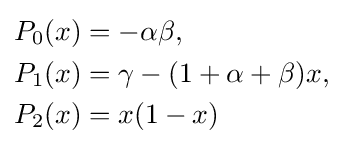
{\begin{aligned}P_{0}(x)&=-\alpha \beta ,\\P_{1}(x)&=\gamma -(1+\alpha +\beta )x,\\P_{2}(x)&=x(1-x)\end{aligned}}